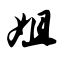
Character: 姐